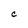
Character: C